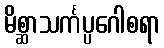
မိစ္ဆာသင်္ကပ္ပဂေါစရာ